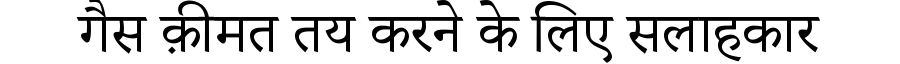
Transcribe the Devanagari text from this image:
गैस क़ीमत तय करने के लिए सलाहकार